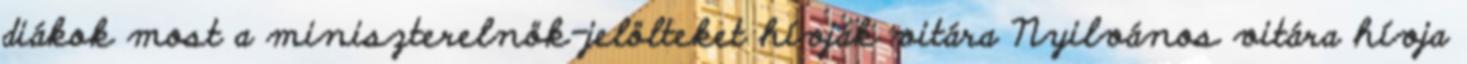
diákok most a miniszterelnök-jelölteket hívják vitára Nyilvános vitára hívja